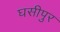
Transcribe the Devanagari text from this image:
घसीपुर